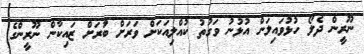
ނޫރީން ދެލޯ ހުޅުވައިލަން އުޅުނު ވަގުތު ކުއްލިއަކަށް ވަރަށް ބާަރަށް ޒައިކާން ނޫރީންގެ